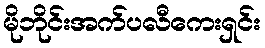
မိုဘိုင်းအက်ပလီကေးရှင်း